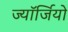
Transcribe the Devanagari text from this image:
ज्यॉर्जियो